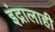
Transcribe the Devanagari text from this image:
इंद्रालाही